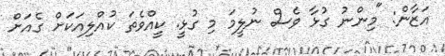
އަޒާން: "މިންނު ގުޅާ ވެސް ނުލީމަ މި ގުޅީ. ކީއްވެތަ ކުއްލިއަކަށް ގެއަށް